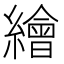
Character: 繪